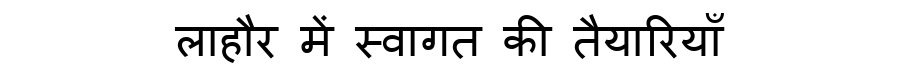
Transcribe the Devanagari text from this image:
लाहौर में स्वागत की तैयारियाँ